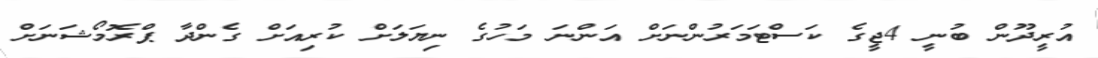
އުރީދޫން ބުނީ 4ޖީގެ ކަސްޓަމަރުންނަށް އަންނަ މަހުގެ ނިޔަލަށް ކުރިއަށް ގެންދާ ޕްރޮމޯޝަނަށް